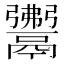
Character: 𩱎